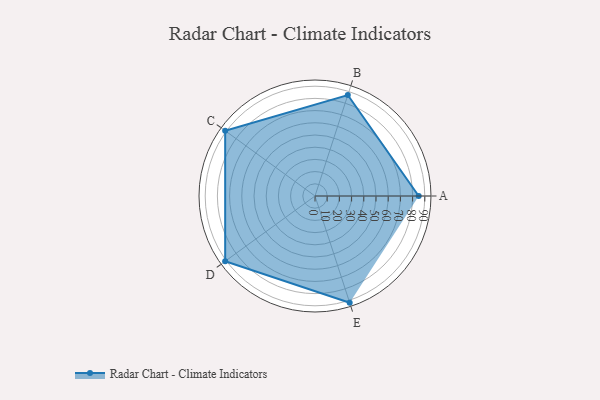
{"axis": {"x": "Skill", "y": "Score"}, "legend": ["Profile"], "data": [{"x": "A", "y": 85.0, "type": "Profile"}, {"x": "B", "y": 87.0, "type": "Profile"}, {"x": "C", "y": 91.0, "type": "Profile"}, {"x": "D", "y": 91.0, "type": "Profile"}, {"x": "E", "y": 92.0, "type": "Profile"}]}